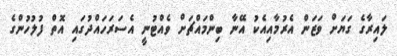
ލައިރާގެ ގަޔަށް ވަޒަން އެރުމާއިއެކު އޭނާ ބިންމައްޗަށް ވެއްޓުނީ އެސަރަހައްދުގައި އޮތް ފުލުހުންގެ